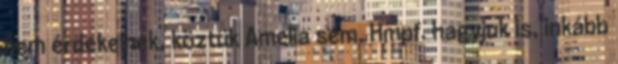
nem érdekelnek, köztük Amelia sem. Hmpf. hagyjuk is, inkább